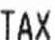
TAX